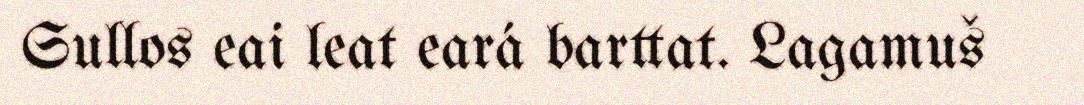
Sullos eai leat eará barttat. Lagamuš